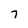
Character: 7